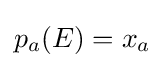
p_{a}(E)=x_{a}